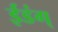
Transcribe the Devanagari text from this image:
ईडंग्